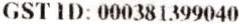
GST ID: 000381399040